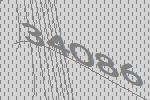
34086